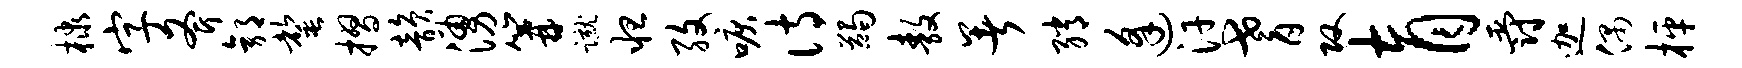
棣字斧郭罄摺韵涌篝蹴怛孜唳诗蠲敖暑绡逢汗耆攻育爵迦偶枰